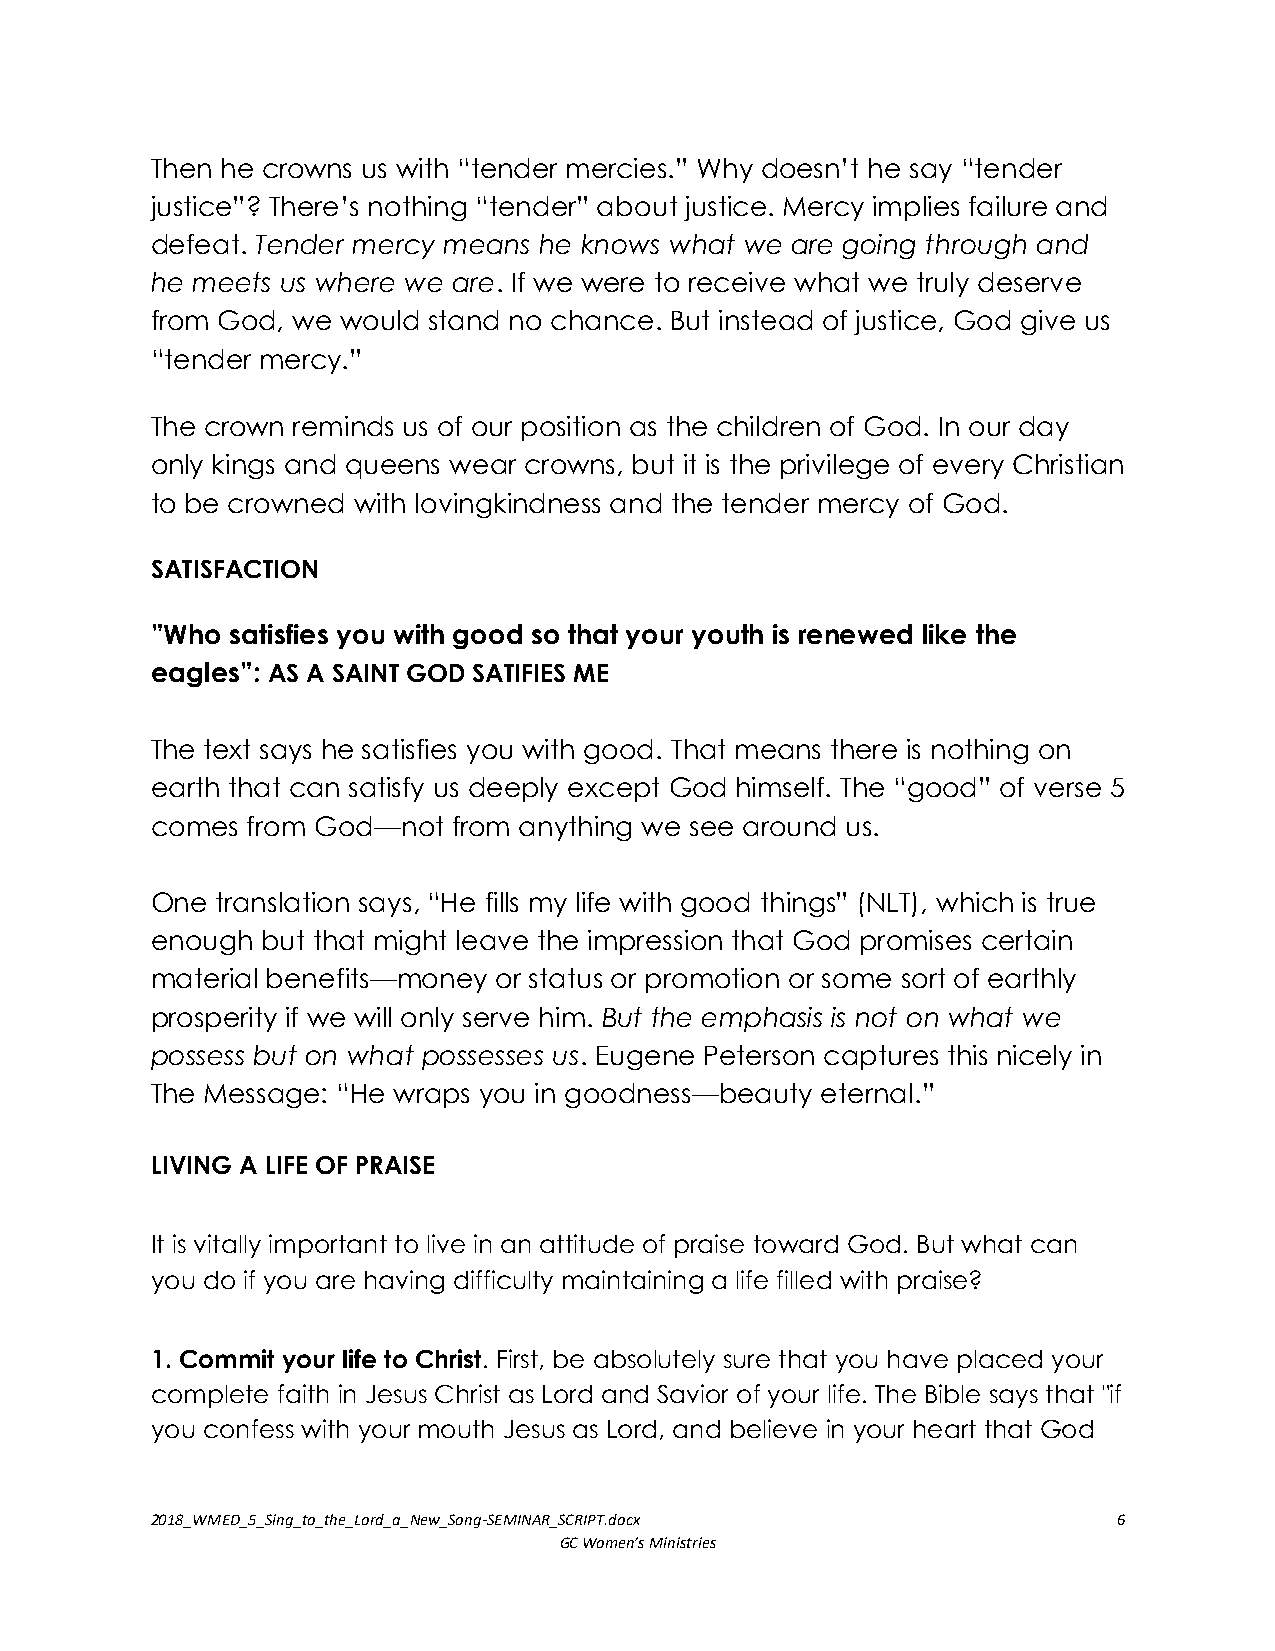
Then he crowns us with “tender mercies.” Why doesn’t he say “tender
 justice”? There’s nothing “tender” about justice. Mercy implies failure and
 defeat. Tender mercy means he knows what we are going through and
 he meets us where we are. If we were to receive what we truly deserve
 from God, we would stand no chance. But instead of justice, God give us
 “tender mercy.”
 The crown reminds us of our position as the children of God. In our day
 only kings and queens wear crowns, but it is the privilege of every Christian
 to be crowned with lovingkindness and the tender mercy of God.
 SATISFACTION
 ”Who satisfies you with good so that your youth is renewed like the
 eagles”: AS A SAINT GOD SATIFIES ME
 The text says he satisfies you with good. That means there is nothing on
 earth that can satisfy us deeply except God himself. The “good” of verse 5
 comes from God—not  from anything we see around us.
 One translation says, “He fills my life with good things” (NLT), which is true
 enough but that might leave the impression that God promises certain
 material benefits—money or status or promotion or some sort of earthly
 prosperity if we will only serve him. But the emphasis is not on what we
 possess but on what possesses us. Eugene Peterson captures this nicely in
 The Message: “He wraps you in goodness—beauty eternal.”
 LIVING A LIFE OF PRAISE
 It is vitally important to live in an attitude of praise toward God. But what can
 you do if you are having difficulty maintaining a life filled with praise?
 1. Commit your life to Christ. First, be absolutely sure that you have placed your
 complete faith in Jesus Christ as Lord and Savior of your life. The Bible says that "if
 you confess with your mouth Jesus as Lord, and believe in your heart that God
 2018_WMED_5_Sing_to_the_Lord_a_New_Song-SEMINAR_SCRIPT.docx     6
 GC Women’s Ministries